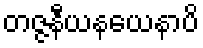
တဇ္ဇနီယနယေနာပိ